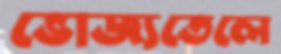
ভোজ্যতেলে